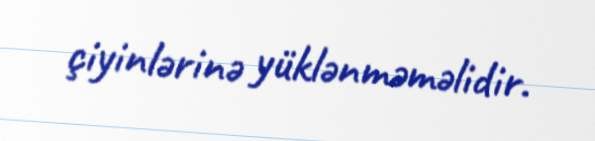
çiyinlərinə yüklənməməlidir.